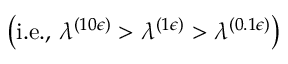
\left( \mathrm { i . e . , ~ } \lambda ^ { ( 1 0 \epsilon ) } > \lambda ^ { ( 1 \epsilon ) } > \lambda ^ { ( 0 . 1 \epsilon ) } \right)